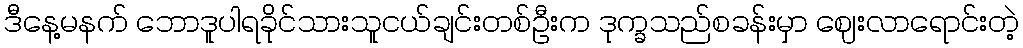
ဒီနေ့မနက် ဘောဒူပါရခိုင်သားသူငယ်ချင်းတစ်ဦးက ဒုက္ခသည်စခန်းမှာ ဈေးလာရောင်းတဲ့